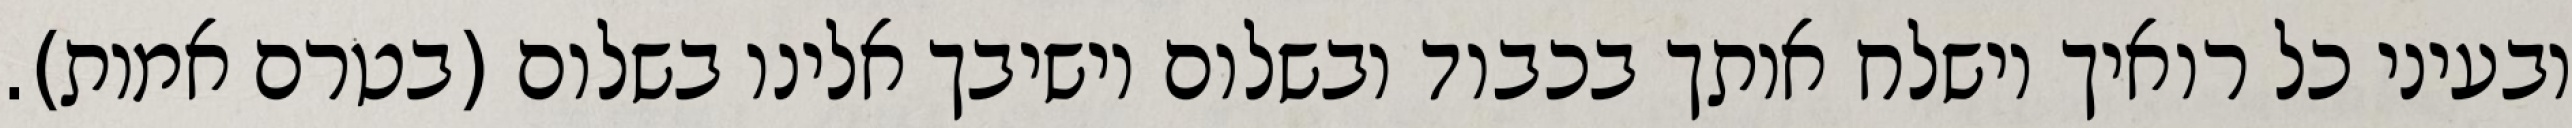
ובעיני כל רואיך וישלח אותך בכבוד ובשלום וישיבך אלינו בשלום (בטרם אמות).